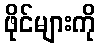
ဖိုင်များကို